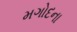
મગોદના